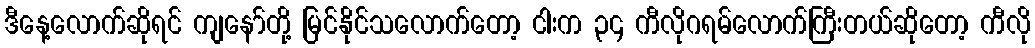
ဒီနေ့လောက်ဆိုရင် ကျနော်တို့ မြင်နိုင်သလောက်တော့ ငါးက ၃၄ ကီလိုဂရမ်လောက်ကြီးတယ်ဆိုတော့ ကီလို